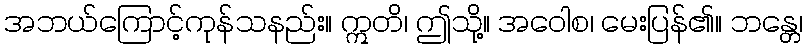
အဘယ်ကြောင့်ကုန်သနည်း။ ဣတိ၊ ဤသို့။ အဝေါစ၊ မေးပြန်၏။ ဘန္တေ၊